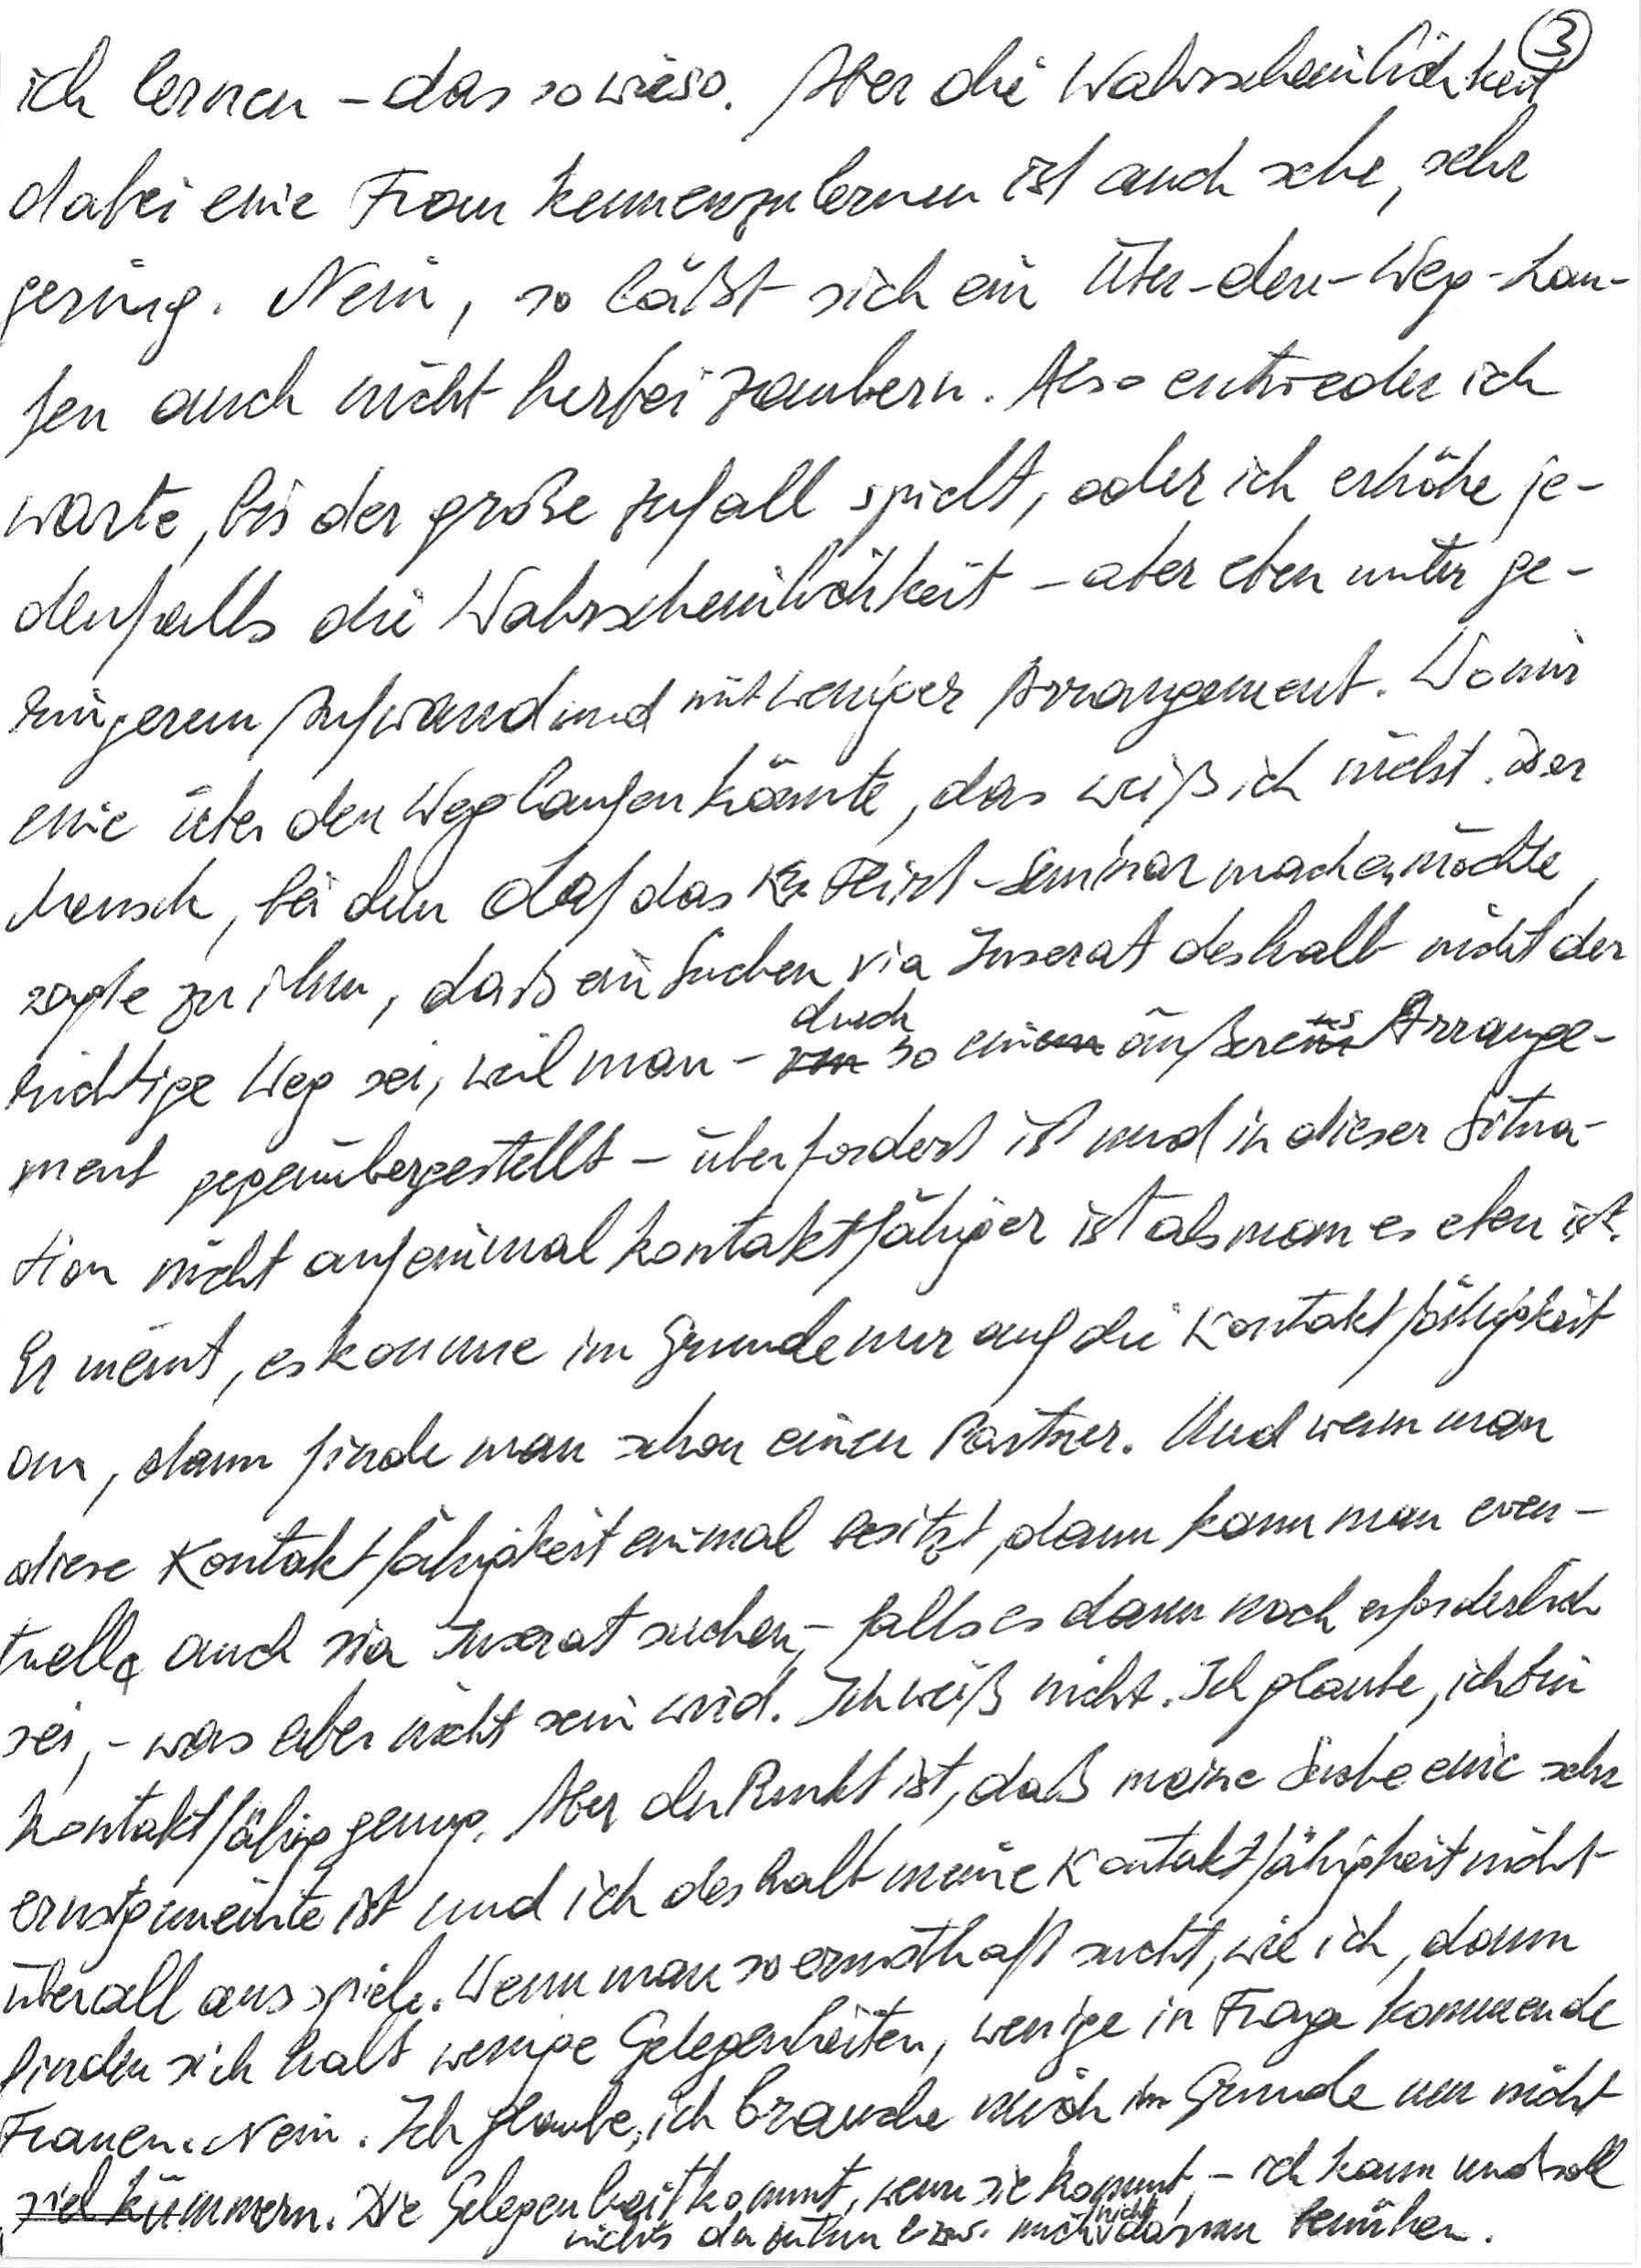
ich lernen – das sowieso. Aber die Wahrscheinlichkeit
dabei eine Frau kennenzulernen ist auch sehr, sehr
gering. Nein, so läßt sich ein Über-den-Weg-Lau-
fen auch nicht herbeizaubern. Also entweder ich
warte, bis der große Zufall spielt, oder ich erhöhe je-
denfalls die Wahrscheinlichkeit – aber eben unter ge-
ringerem Aufwand und mit weniger Arrangement. Wo mir
eine über den Weg laufen könnte, das weiß ich nicht. Der
Mensch, bei dem Olaf das Flirt-Seminar machen möchte,
sagte zu ihm, daß ein Suchen via Inserat deshalb nicht der
richtige Weg sei, weil man – durch so ein äußeres Arrange-
ment gegeübergestellt – überfordert ist und in dieser Situa-
tion nicht auf einmal kontaktfähiger ist als man es eben ist.
Er meint, es komme im Grunde nur auf die Kontaktfähigkeit
an, dann finde man schon einen Partner. Und wenn man
diese Kontaktfähigkeit einmal besitzt, dann kann man even-
tuell auch via Inserat suchen, – falls es dann noch erforderlich
sei, – was aber nicht sein wird. Ich weiß nicht. Ich glaube, ich bin
kontaktfähig genug. Aber der Punkt ist, daß meine Suche eine sehr
ernstgemeinte ist und ich deshalb meine Kontaktfähigkeit nicht
überall ausspiele. Wenn man so ernsthaft sucht, wie ich, dann
finden sich halt wenige Gelegenheiten, wenige in Frage kommende
Frauen. Nein. Ich glaube, ich brauche mich im Grunde um nicht
viel kümmern. Die Gelegenheit kommt, wenn sie kommt, – ich kann und soll
nichts dazutun bzw. mich nicht darum bemühen.